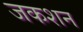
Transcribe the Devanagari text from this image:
जकशन